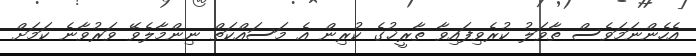
އެހެންނަމަވެސް ތާވަލު ކުރެވިފައިވާ ތާރީޚުގެ ކުރިން އެ މަސައްކަތް ނިންމާލެވޭ ވަރުވާނެ ކަމަށް